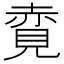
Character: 𧹦